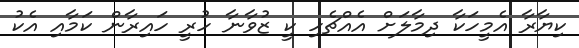
ކިޔާރާ އެމީހަކާ ދިމާލަށް އެއްޗެހި ކީ ޒުވާނާ ހުރީ ހައިރާން ކަމާއި އެކު